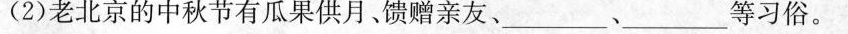
(2)老北京的中秋节有瓜果供月、馈赠亲友、___、___等习俗。